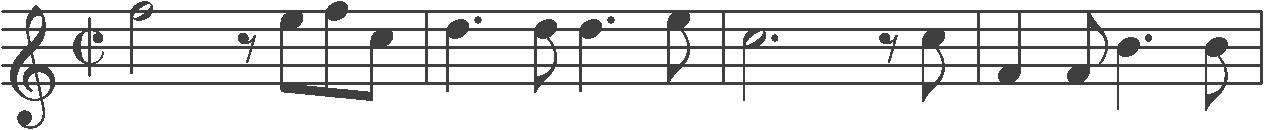
Transcription: clef-G1 timeSignature-C/ note-A5_half rest-eighth note-G5_eighth note-A5_eighth note-E5_eighth barline note-F5_quarter. note-F5_eighth note-F5_quarter. note-G5_eighth barline note-E5_half. rest-eighth note-E5_eighth barline note-A4_quarter note-A4_eighth note-D5_quarter. note-D5_eighth